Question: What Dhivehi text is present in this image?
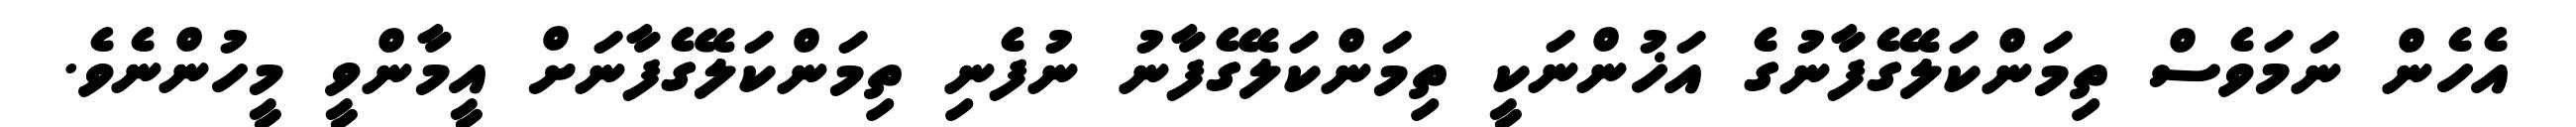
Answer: އެހެން ނަމަވެސް ތިމަންކަލޭގެފާނުގެ އަޚުންނަކީ ތިމަންކަލޭގެފާނު ނުފެނި ތިމަންކަލޭގެފާނަށް އީމާންވީ މީހުންނެވެ.